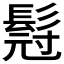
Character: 𮫇